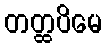
တတ္ထပိမေ